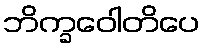
ဘိက္ခဝေါတိပေ